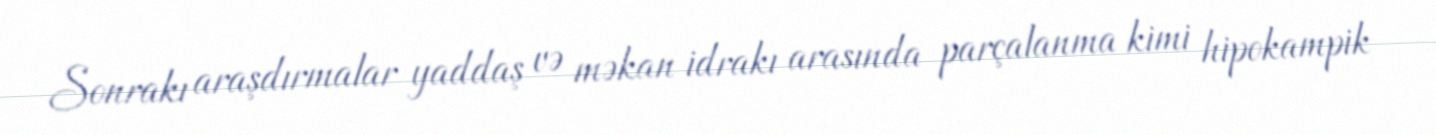
Sonrakı araşdırmalar yaddaş və məkan idrakı arasında parçalanma kimi hipokampik